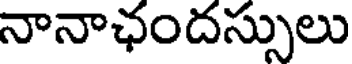
నానాఛందస్సులు